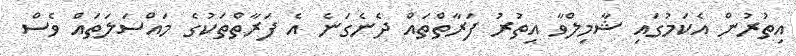
އިތުރުން އެކަމުގައި ޝާމިލްވާ އިތުރު ފަރާތްތައް ދެނެގަނެ އެ ފަރާތްތަކުގެ މައްސަލަތައް ވެސް